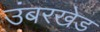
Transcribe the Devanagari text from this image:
उंबरखेड